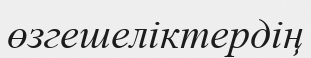
өзгешеліктердің